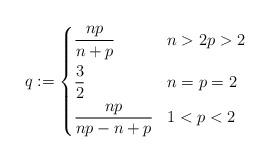
LaTeX: \begin{align*}q := \left\lbrace \begin{aligned}&\frac{np}{n+p} && n >2 p>2 \\&\frac{3}{2} && n= p = 2 \\&\frac{np}{np -n +p} && 1 < p < 2 \end{aligned}\right. \end{align*}